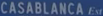
CASABLANCA Ext